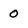
Character: 0